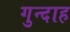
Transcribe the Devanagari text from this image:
गुन्दाह